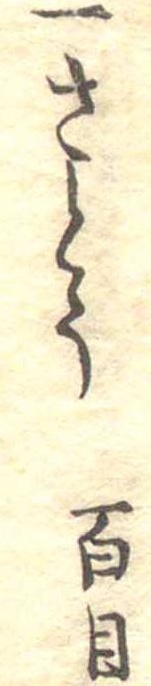
一さとう百目